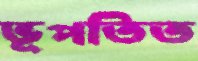
ভূপতিত